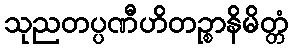
သုညတပ္ပဏီဟိတဉ္စာနိမိတ္တံ